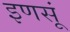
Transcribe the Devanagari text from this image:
इणसूं